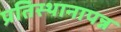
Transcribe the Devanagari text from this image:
प्रतिस्थानापन्न